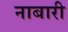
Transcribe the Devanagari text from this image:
नाबारी